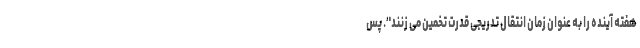
هفته آینده را به عنوان زمان انتقال تدریجی قدرت تخمین می زنند". پس